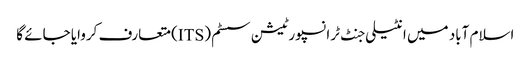
اسلام آباد میں انٹیلی جنٹ ٹرانسپورٹیشن سسٹم (ITS) متعارف کروایا جائے گا